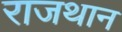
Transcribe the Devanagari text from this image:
राजथान